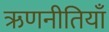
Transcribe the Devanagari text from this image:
ऋणनीतियाँ